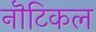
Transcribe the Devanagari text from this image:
नॊटिकल